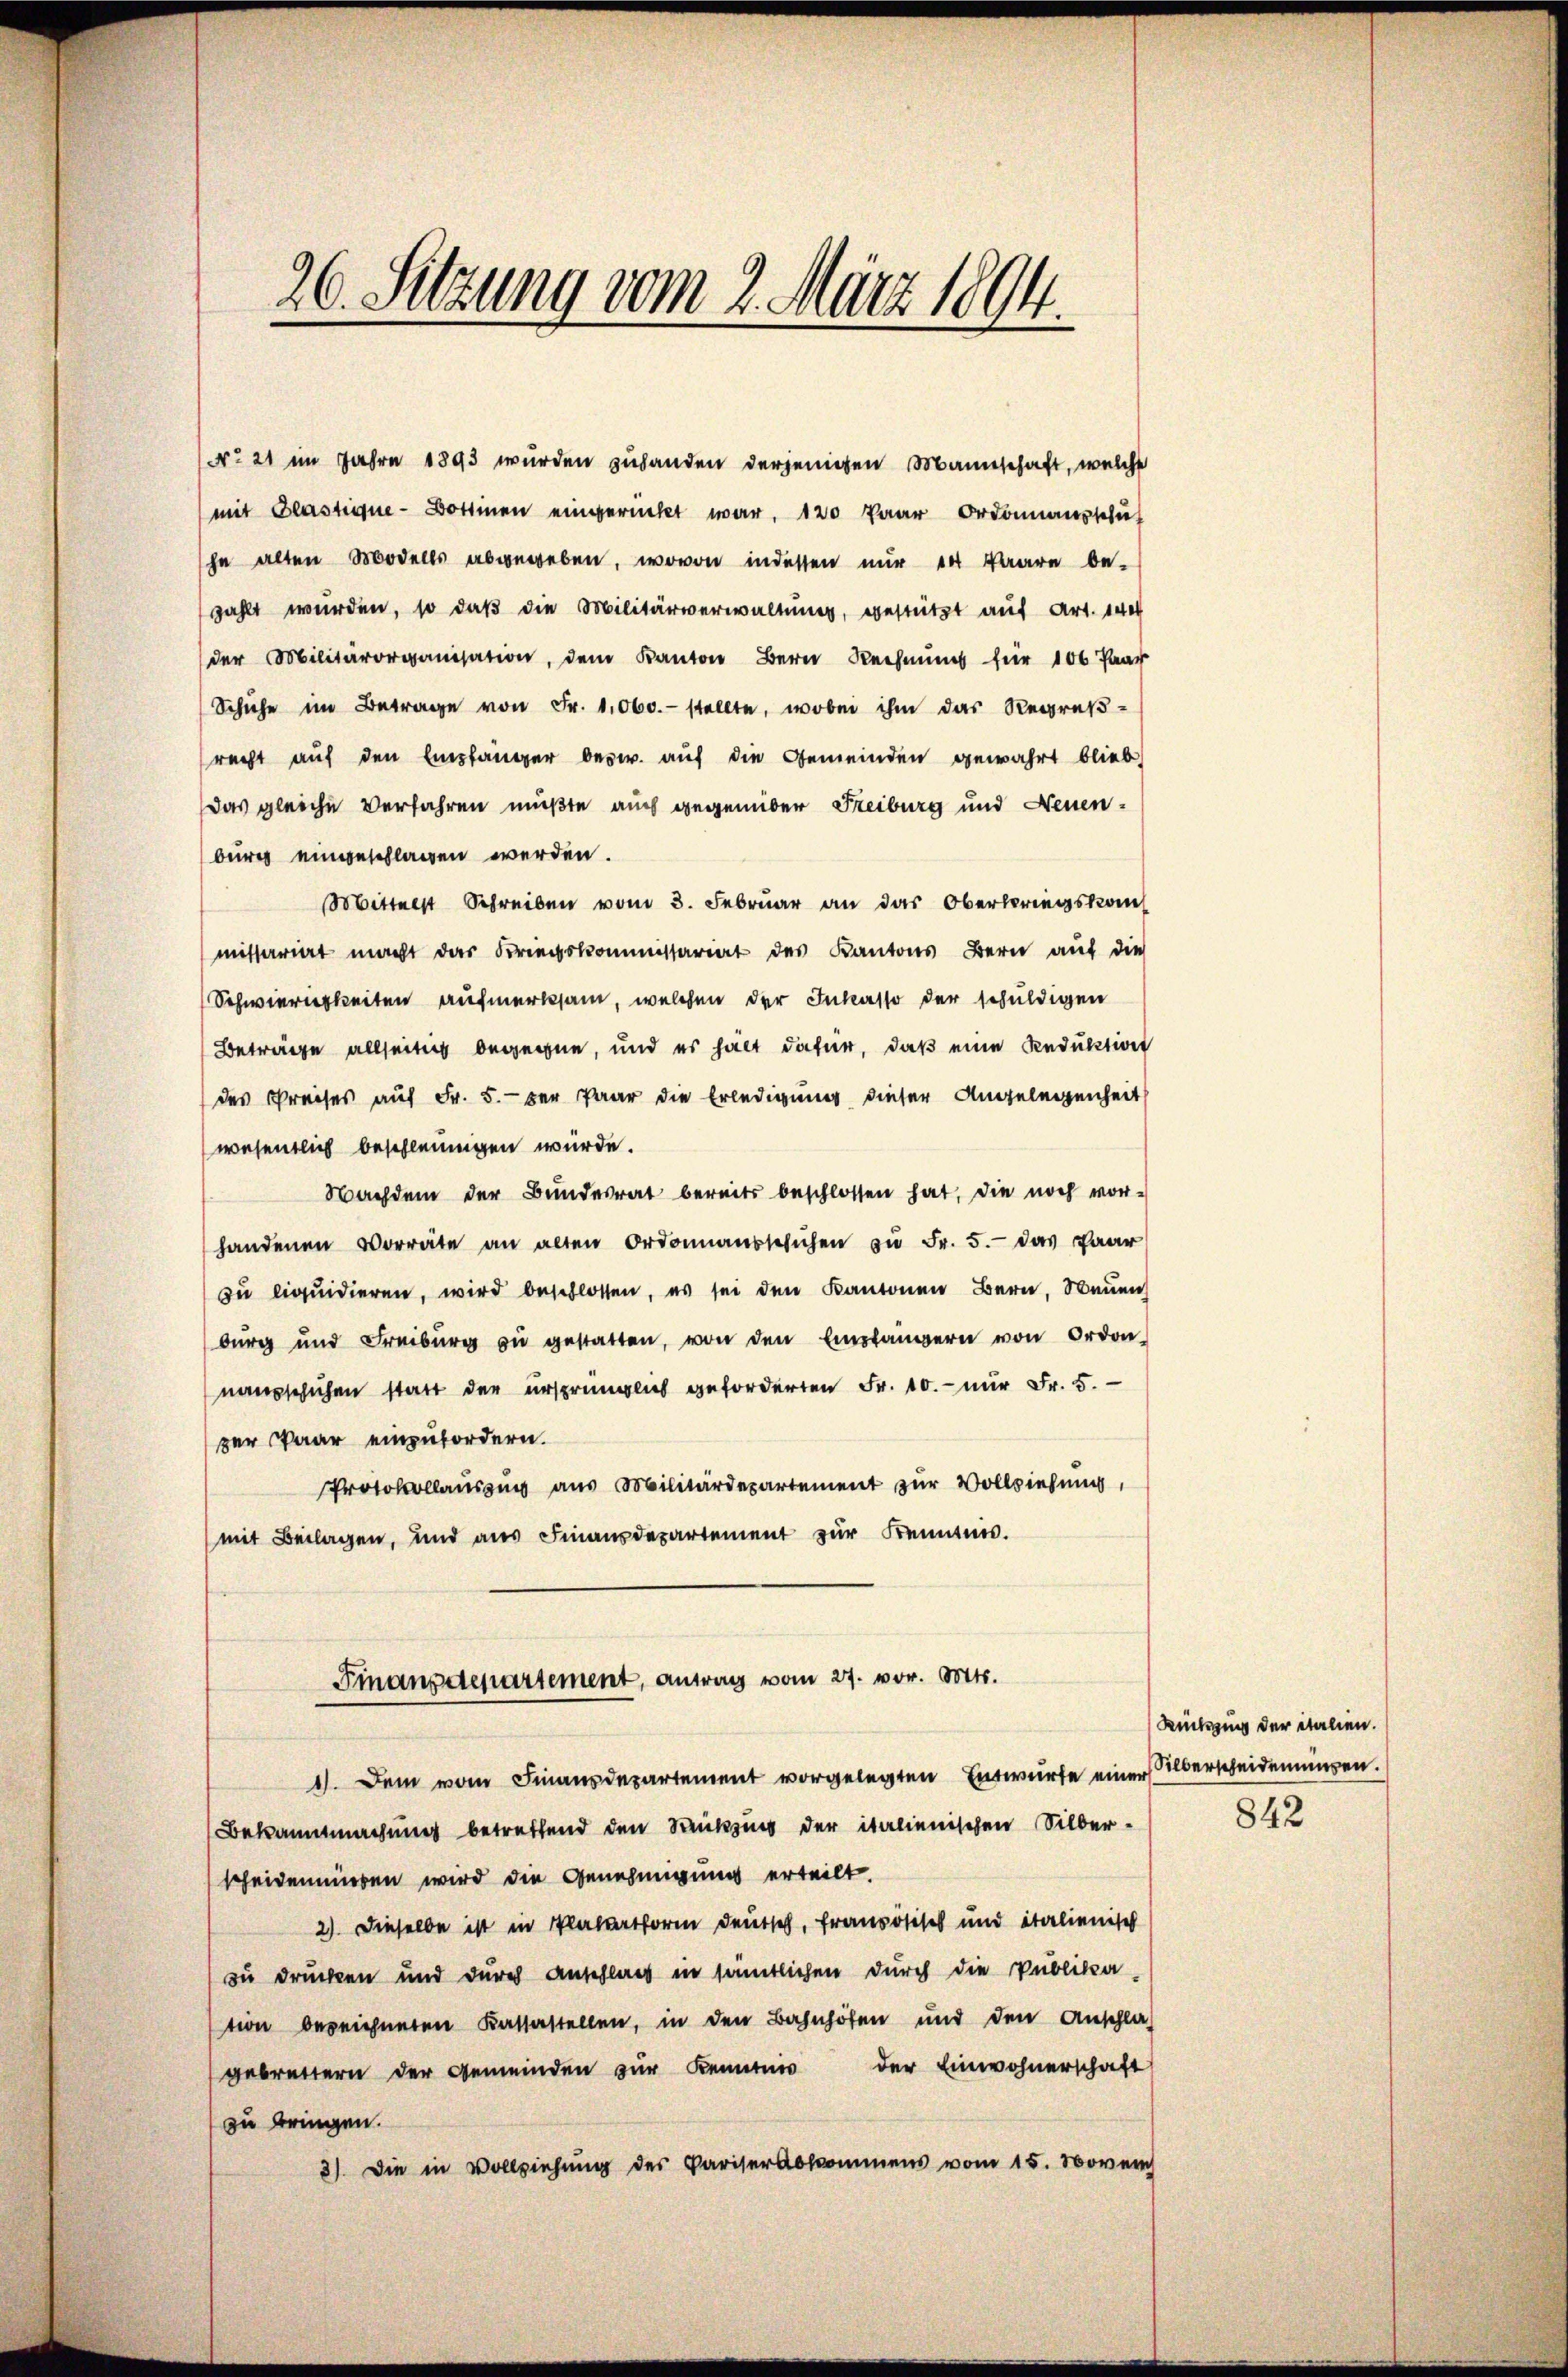
26. Sitzung vom 2. März 1894.

Nro 21 im Jahre 1893 wurden zuhanden derjenigen Mannschaft, welche
mit Blastique-Bottinen eingerückt war, 120 Paar Ordonnausschuf
he alten Modells abgegeben, wovon indessen nur in Paare be-
zahlt wurden, so daß die Militärverwaltung, gestützt auf Art. 14
der Militärorganisation, dem Kanton Bern Rechnung für 100 Paar
Schuhe im Betrage von Fr. 1060.- stellte, wobei ihm das Regreß-
recht auf den Empfänger bezw. auf die Gemeinden gewahrt blieb,
das gleiche Verfahren mußte auch gegenüber Freiburg und Neuenburg eingeschlagen werden.
Mittelst Schreiben vom 3. Febrŭar an das Oberbringskom
missariat macht das Kriegskommissariat des Kantons Bern auf die
Schwierigkeiten aufmerksam, welchen der Inkasso der schuldigen
Beträge allseitig begegne, und es hält dafür, daß eine Reduktion
des Preises auf Fr. 5.- der Paar die Erledigung dieser Angelegenheit
wesentlich beschleunigen würde.
Nachdem der Bŭndesrat bereits beschlossen hat, die noch vor-
handenen Vorräte an alten Ordonnaussesichen zŭ Fr. 5.- das Paar
zu liquidieren, wird beschlossen, es sei den Kantonen Bern, Neuen
burg und Freiburg zŭ gestatten, von den Empfängern von Ordon-
nausschuhen statt der ursprünglich geforderten Fr. 10. nŭr Fr. 5.
zer Paar einzufordern.
Protokollauszug aus Militärdepartement zur Vollziehung,
(mit Beilagen, und aus Finanzdepartement zur Kenntnis.
Finanzdepartement, antrag vom 27. vor. Mts.
1). Dem vom Finanzdepartement vorgelegten Entwurfe einer Alberscheidenningen.
Bekanntmachung betreffend den Satzung der italienischen Silber-
scheidenwiesen wird die Genehmigung erteilt.
2) Dieselbe ist in Plator deutsch, französisch und italienisch
zu drucken und durch Anschlag in sämtlichen durch die Publika-
tion bezeichneten Kassestellen, in den Bahnhöfen und den Anschlag
gebrettern der Gemeinden zur Kenntnis der Einwohnerschaft
zu bringen.
3). Die in Vollziehung des Pariser Abkommens vom 15. Novench

Rückzug der italien.

842